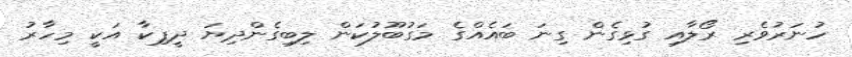
ހުނަރުވެރި ރޯލާއި ގުޅިގެން ގިނަ ބައެއްގެ މަގުބޫލުކަން ލިބިގެންދިޔަ ދީޕިކާ އަކީ މިހާރު